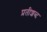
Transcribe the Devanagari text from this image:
प्रतीशब्द